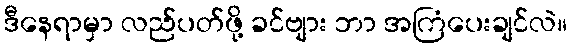
ဒီနေရာမှာ လည်ပတ်ဖို့ ခင်ဗျား ဘာ အကြံပေးချင်လဲ။